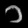
Digit: ၁